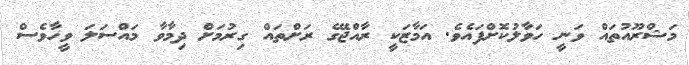
މަޝްރޫއުތައް ވަނީ ހަވާލުކޮށްފައެވެ. އަމާޒަކީ ރާއްޖޭގެ ރަށްތައް ގިރުމަށް ދިމާވާ މައްސަލަ ވީހާވެސް